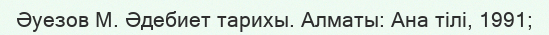
Әуезов М. Әдебиет тарихы. Алматы: Ана тілі, 1991;